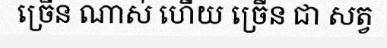
ច្រើន ណាស់ ហើយ ច្រើន ជា សត្វ